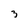
Character: 3